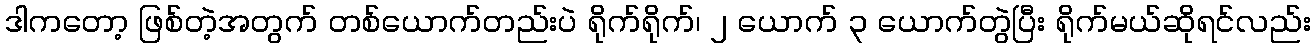
ဒါကတော့ ဖြစ်တဲ့အတွက် တစ်ယောက်တည်းပဲ ရိုက်ရိုက်၊ ၂ ယောက် ၃ ယောက်တွဲပြီး ရိုက်မယ်ဆိုရင်လည်း